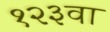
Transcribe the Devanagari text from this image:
१२३वा